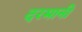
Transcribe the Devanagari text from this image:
दरमानी